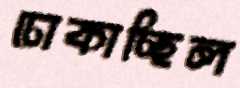
ঢোকাচ্ছিল